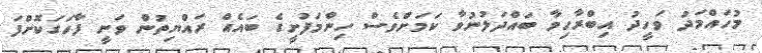
މުހައްމަދު ވަހީދު އިބްރާހިމާ ބައްދަލުނުވާ ކަމަށްވެސް ހިންމަފުށީގެ ބައެއް ރައްޔިތުން ވަނީ ފާހަގަކޮށްފަ